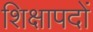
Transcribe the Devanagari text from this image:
शिक्षापदों